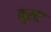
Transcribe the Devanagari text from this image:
कुसट